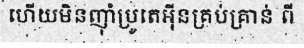
ហើយមិនញ៉ាំប្រូតេអ៊ីនគ្រប់គ្រាន់ ពី